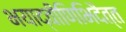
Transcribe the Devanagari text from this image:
भयाद्वीणिभिदैत्त